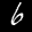
Label: 6